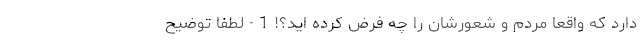
دارد که واقعاً مردم و شعورشان را چه فرض کرده اید؟! 1 - لطفا توضیح